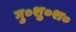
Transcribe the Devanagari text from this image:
गु०शु०श०